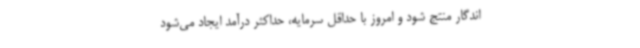
اندگار منتج شود و امروز با حداقل سرمایه، حداکثر درآمد ایجاد می‌شود